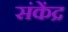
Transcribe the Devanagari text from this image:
संकेंद्र